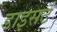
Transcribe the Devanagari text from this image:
डाइसर्ट